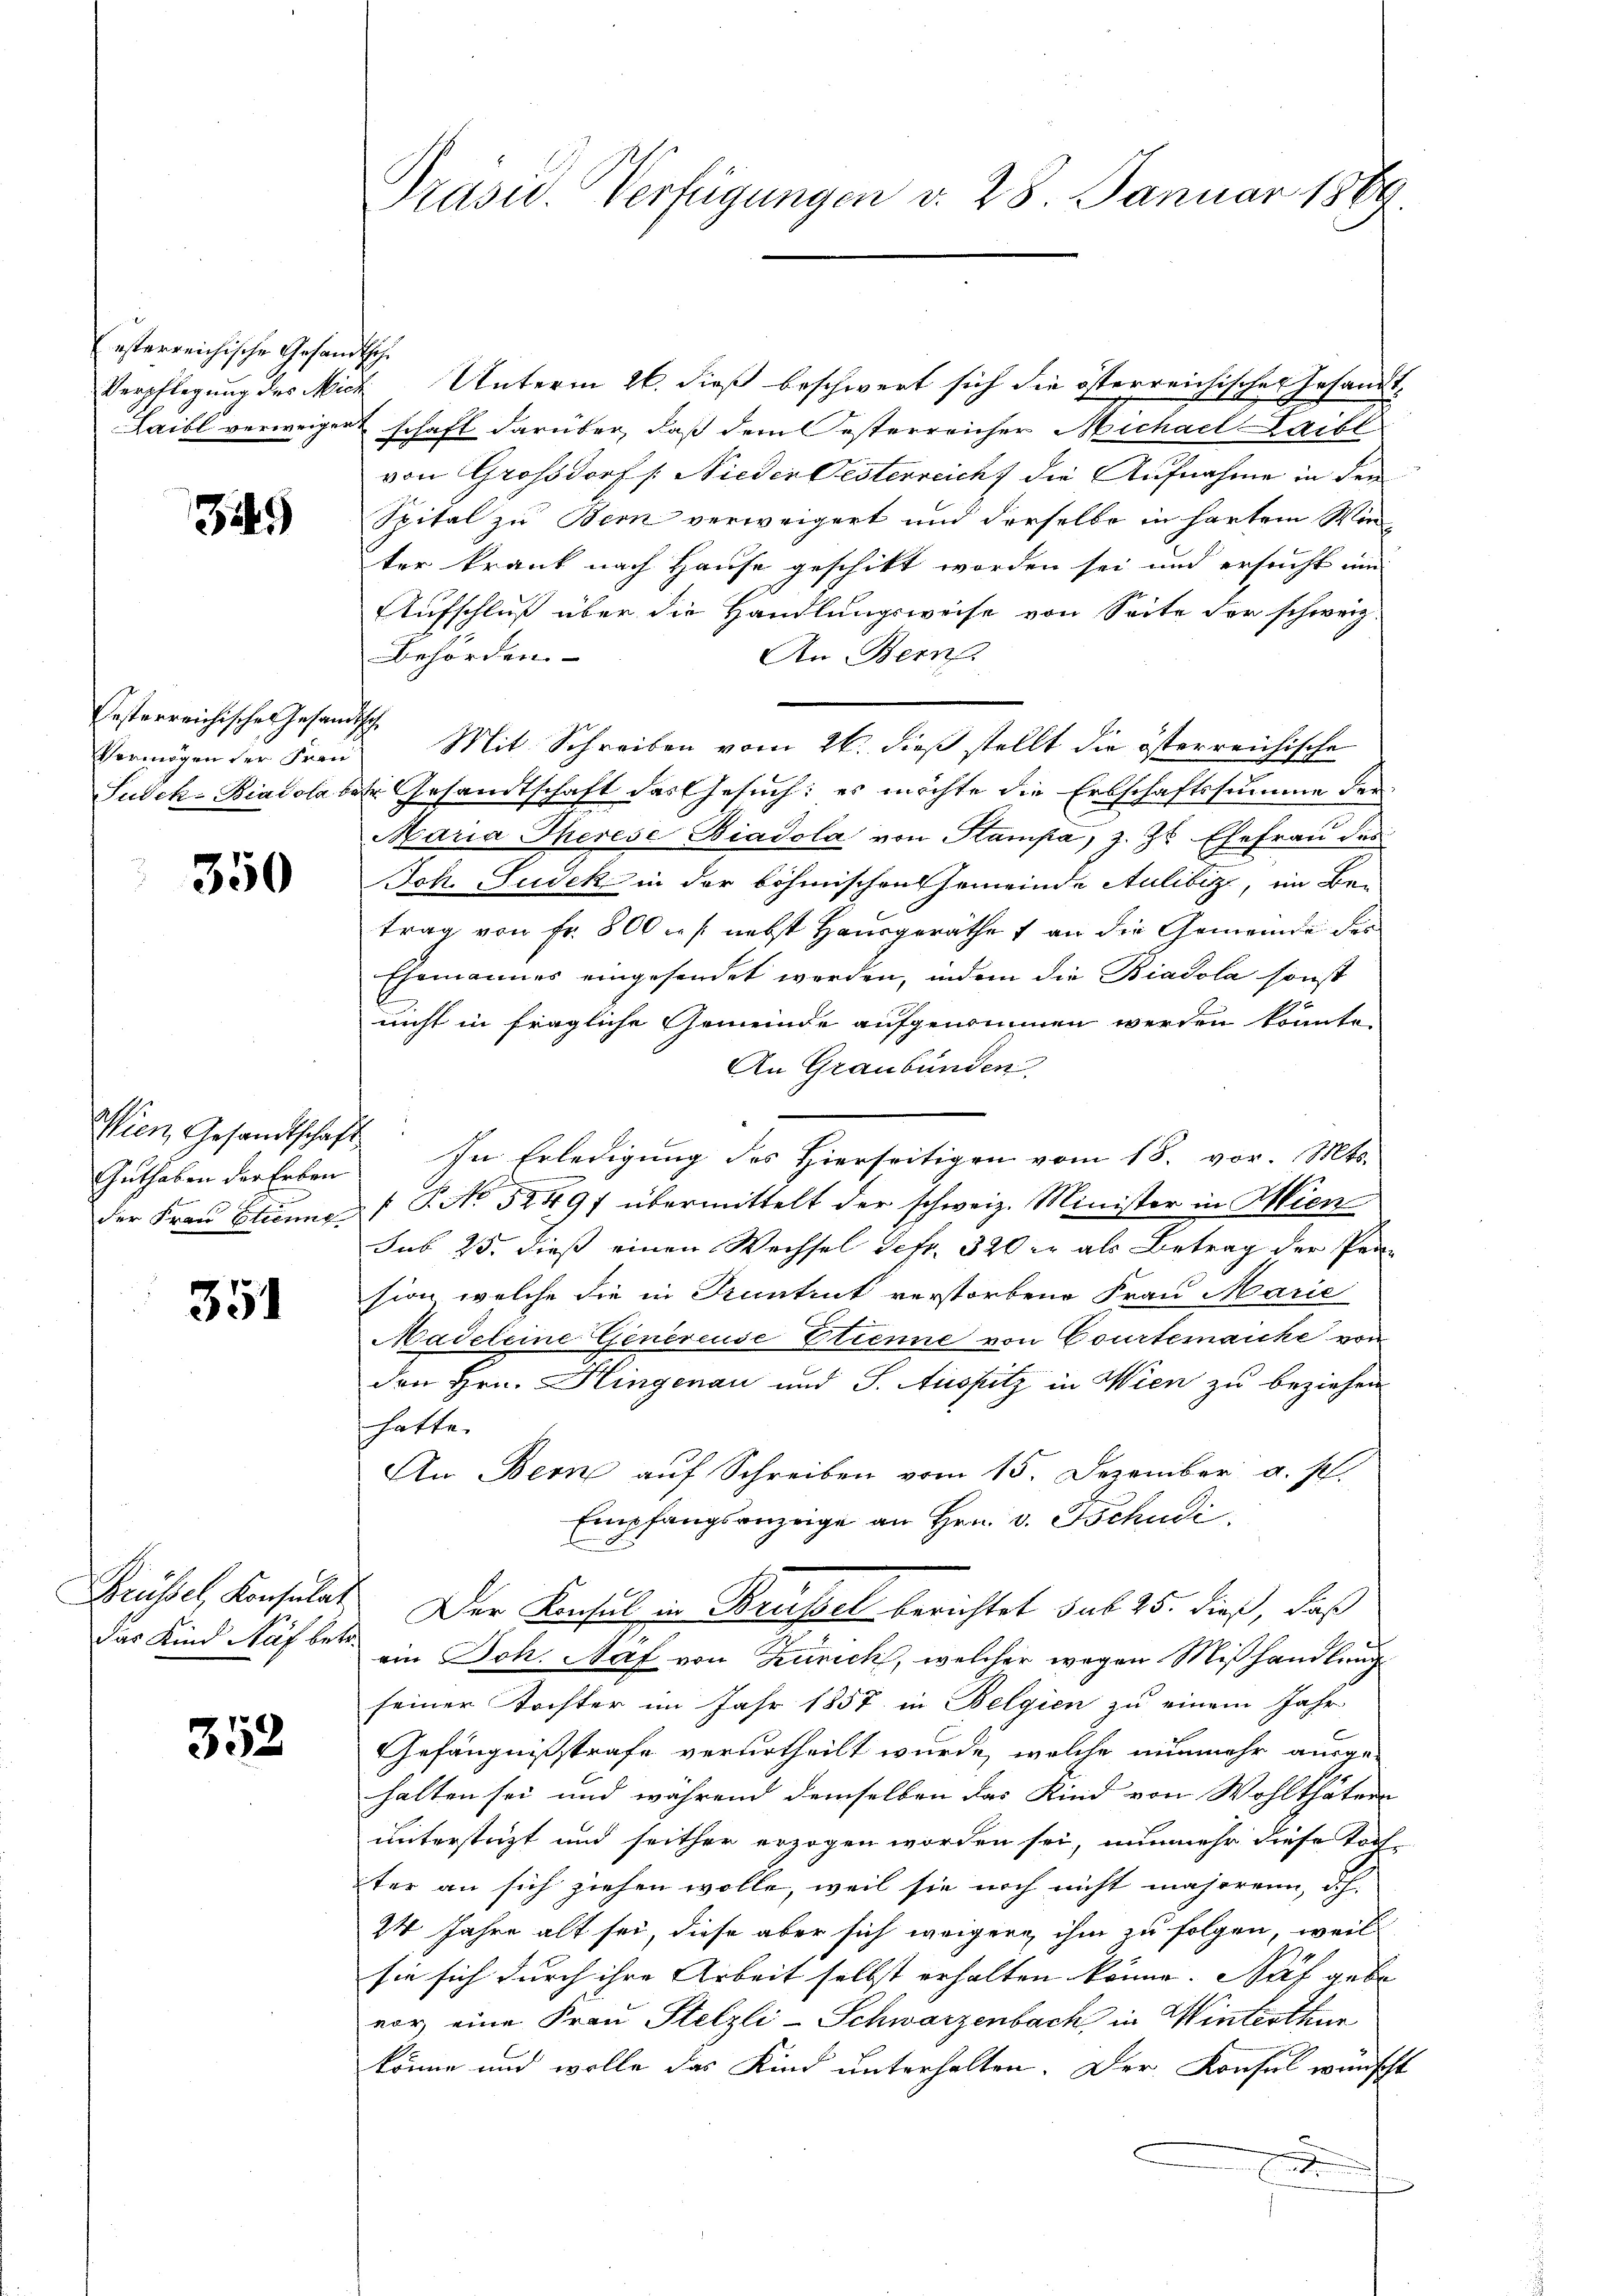
esterreichische Gesandtsche

3.)

Festerreichische Gesandtsch
Vermögen der Frau
Sudch. Biasola be¬

350

Guthaben der Erben
der Frau Etienne

351

Brüssel Konsulat
das Kind Näf betr.

352

Präsid. Verfügungen d. 28. Januar 1889.

Verpflegung des Mich Unterm 26. dieß beschwert sich die österreichischen Gesandt¬
Saitl verweigert schaft darüber, daß dem Oesterreicher Michael Laibl
von Großsdorf /: Nieden Oesterreich die Aufnahme in den
Spital zu Bern verweigert und derselbe in hartem Winter krank nach Hause geschikt worden sei und ersucht um
Aufschluß über die Handlungsweise von Seite der schweiz.
An Bern.
behörden.
Mit Schreiben vom 26. dieß stellt die österreichische
1r Gesandtschaft das Gesuch: es möchte die Erbschaftssumme der
Maria Therese Biadola von Stampa, z. Zt. Ehefrau des
Joh. Susek in der böhmischen Gemeinde Aulibiz, in Betrag von Fr. 800 u. s. nebst Hausgeräthe an die Gemeinde der
Ehemannes eingesendet werden, indem die Biasola sonst
nicht in fragliche Gemeinde aufgenommen werden könnte,
An Graubünden
Wien, Gesandtschaft. In Erledigŭng des hierseitigen vom 18. vor. Mts.
/ P. No 52497 übermittelt der schweiz. Minister in Hiene
Sub 25. dieß einen Wechsel Sefr. 520 er als Betrag der Pen-
sion, welche die in Kuntrut verstorbene Frau Marie
Madeleine Genereise Etienne von Courtenaiche von
den Hrn. Hingenau und J. Aussitz in Wien zu beziehen
hatte.
An Bern auf Schreiben vom 15. Dezember a. s.
Empfangsanzeige an Hrn. v. Tschudi
Der Konsul in Brüssel berichtet sub 25. dieß, daß
ein Joh. Näf von Zürich, welcher wegen Mißhandlung
seiner Tochter im Jahr 1857 in Belgien zu einem Jahr
Gefängnißstrafe verurtheilt wurde, welche nunmehr ausgehalten sei und während demselben das Kind von Wohlthätern
unterstüzt und seither erzogen worden sei, nunmehr diese Toch-
ter an sich ziehen wolle, weil sie noch nicht majorenn, d.h.
24 Jahre alt sei, diese aber sich weigere ihm zu folgen, weil
sie sich durch ihre Arbeit selbst erhalten könne. Näf gebe
vor eine Frau Stelzli-Schwarzenbach in Winterthur
könne und wolle das Kind unterhalten. Der Konsul wünscht
g